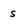
Character: s